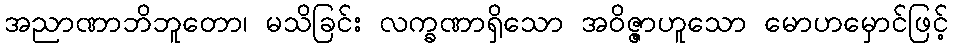
အညာဏာဘိဘူတော၊ မသိခြင်း လက္ခဏာရှိသော အဝိဇ္ဇာဟူသော မောဟမှောင်ဖြင့်